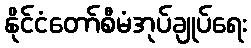
နိုင်ငံတော်စီမံအုပ်ချုပ်ရေး